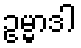
ဥမ္မာဒါ